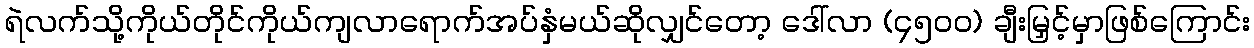
ရဲလက်သို့ကိုယ်တိုင်ကိုယ်ကျလာရောက်အပ်နှံမယ်ဆိုလျှင်တော့ ဒေါ်လာ (၄၅၀၀) ချီးမြှင့်မှာဖြစ်ကြောင်း